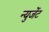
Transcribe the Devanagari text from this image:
न्युजेंट